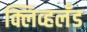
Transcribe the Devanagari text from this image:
क्लिव्हलँड